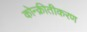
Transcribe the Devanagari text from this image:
कोन्क्रीतीकरण